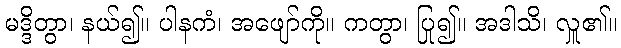
မဒ္ဒိတွာ၊ နယ်၍။ ပါနကံ၊ အဖျော်ကို။ ကတွာ၊ ပြု၍။ အဒါသိ၊ လှူ၏။